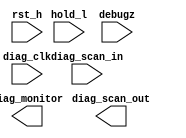
module MBIST_diagnostics (
	diag_scan_in, diag_clk, rst_h, hold_l, debugz, diag_scan_out, diag_monitor
	);
	
	input diag_scan_in;
	input diag_clk;
	input rst_h;
	input hold_l;
	input debugz;
	output diag_scan_out;
	output diag_monitor;
	
	
endmodule